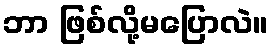
ဘာ ဖြစ်လို့မပြောလဲ။